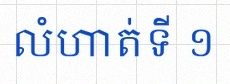
លំហាត់ទី ១